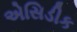
એસિડીક